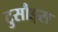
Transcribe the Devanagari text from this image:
टुसौड्स